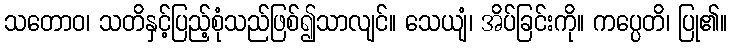
သတောဝ၊ သတိနှင့်ပြည့်စုံသည်ဖြစ်၍သာလျင်။ သေယျံ၊ အိပ်ခြင်းကို။ ကပ္ပေတိ၊ ပြု၏။